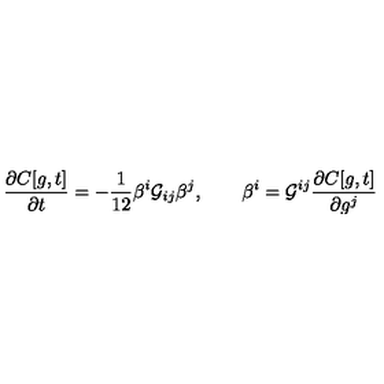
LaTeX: \frac { \partial C [ g , t ] } { \partial t } = - \frac { 1 } { 1 2 } \beta ^ { i } { \cal G } _ { i j } \beta ^ { j } , \qquad \beta ^ { i } = { \cal G } ^ { i j } \frac { \partial C [ g , t ] } { \partial g ^ { j } }